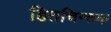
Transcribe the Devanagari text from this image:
हितचिन्तक